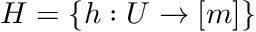
H = \{ h : U \to [ m ] \}